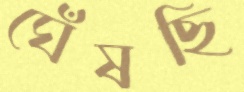
ঘেঁষছি